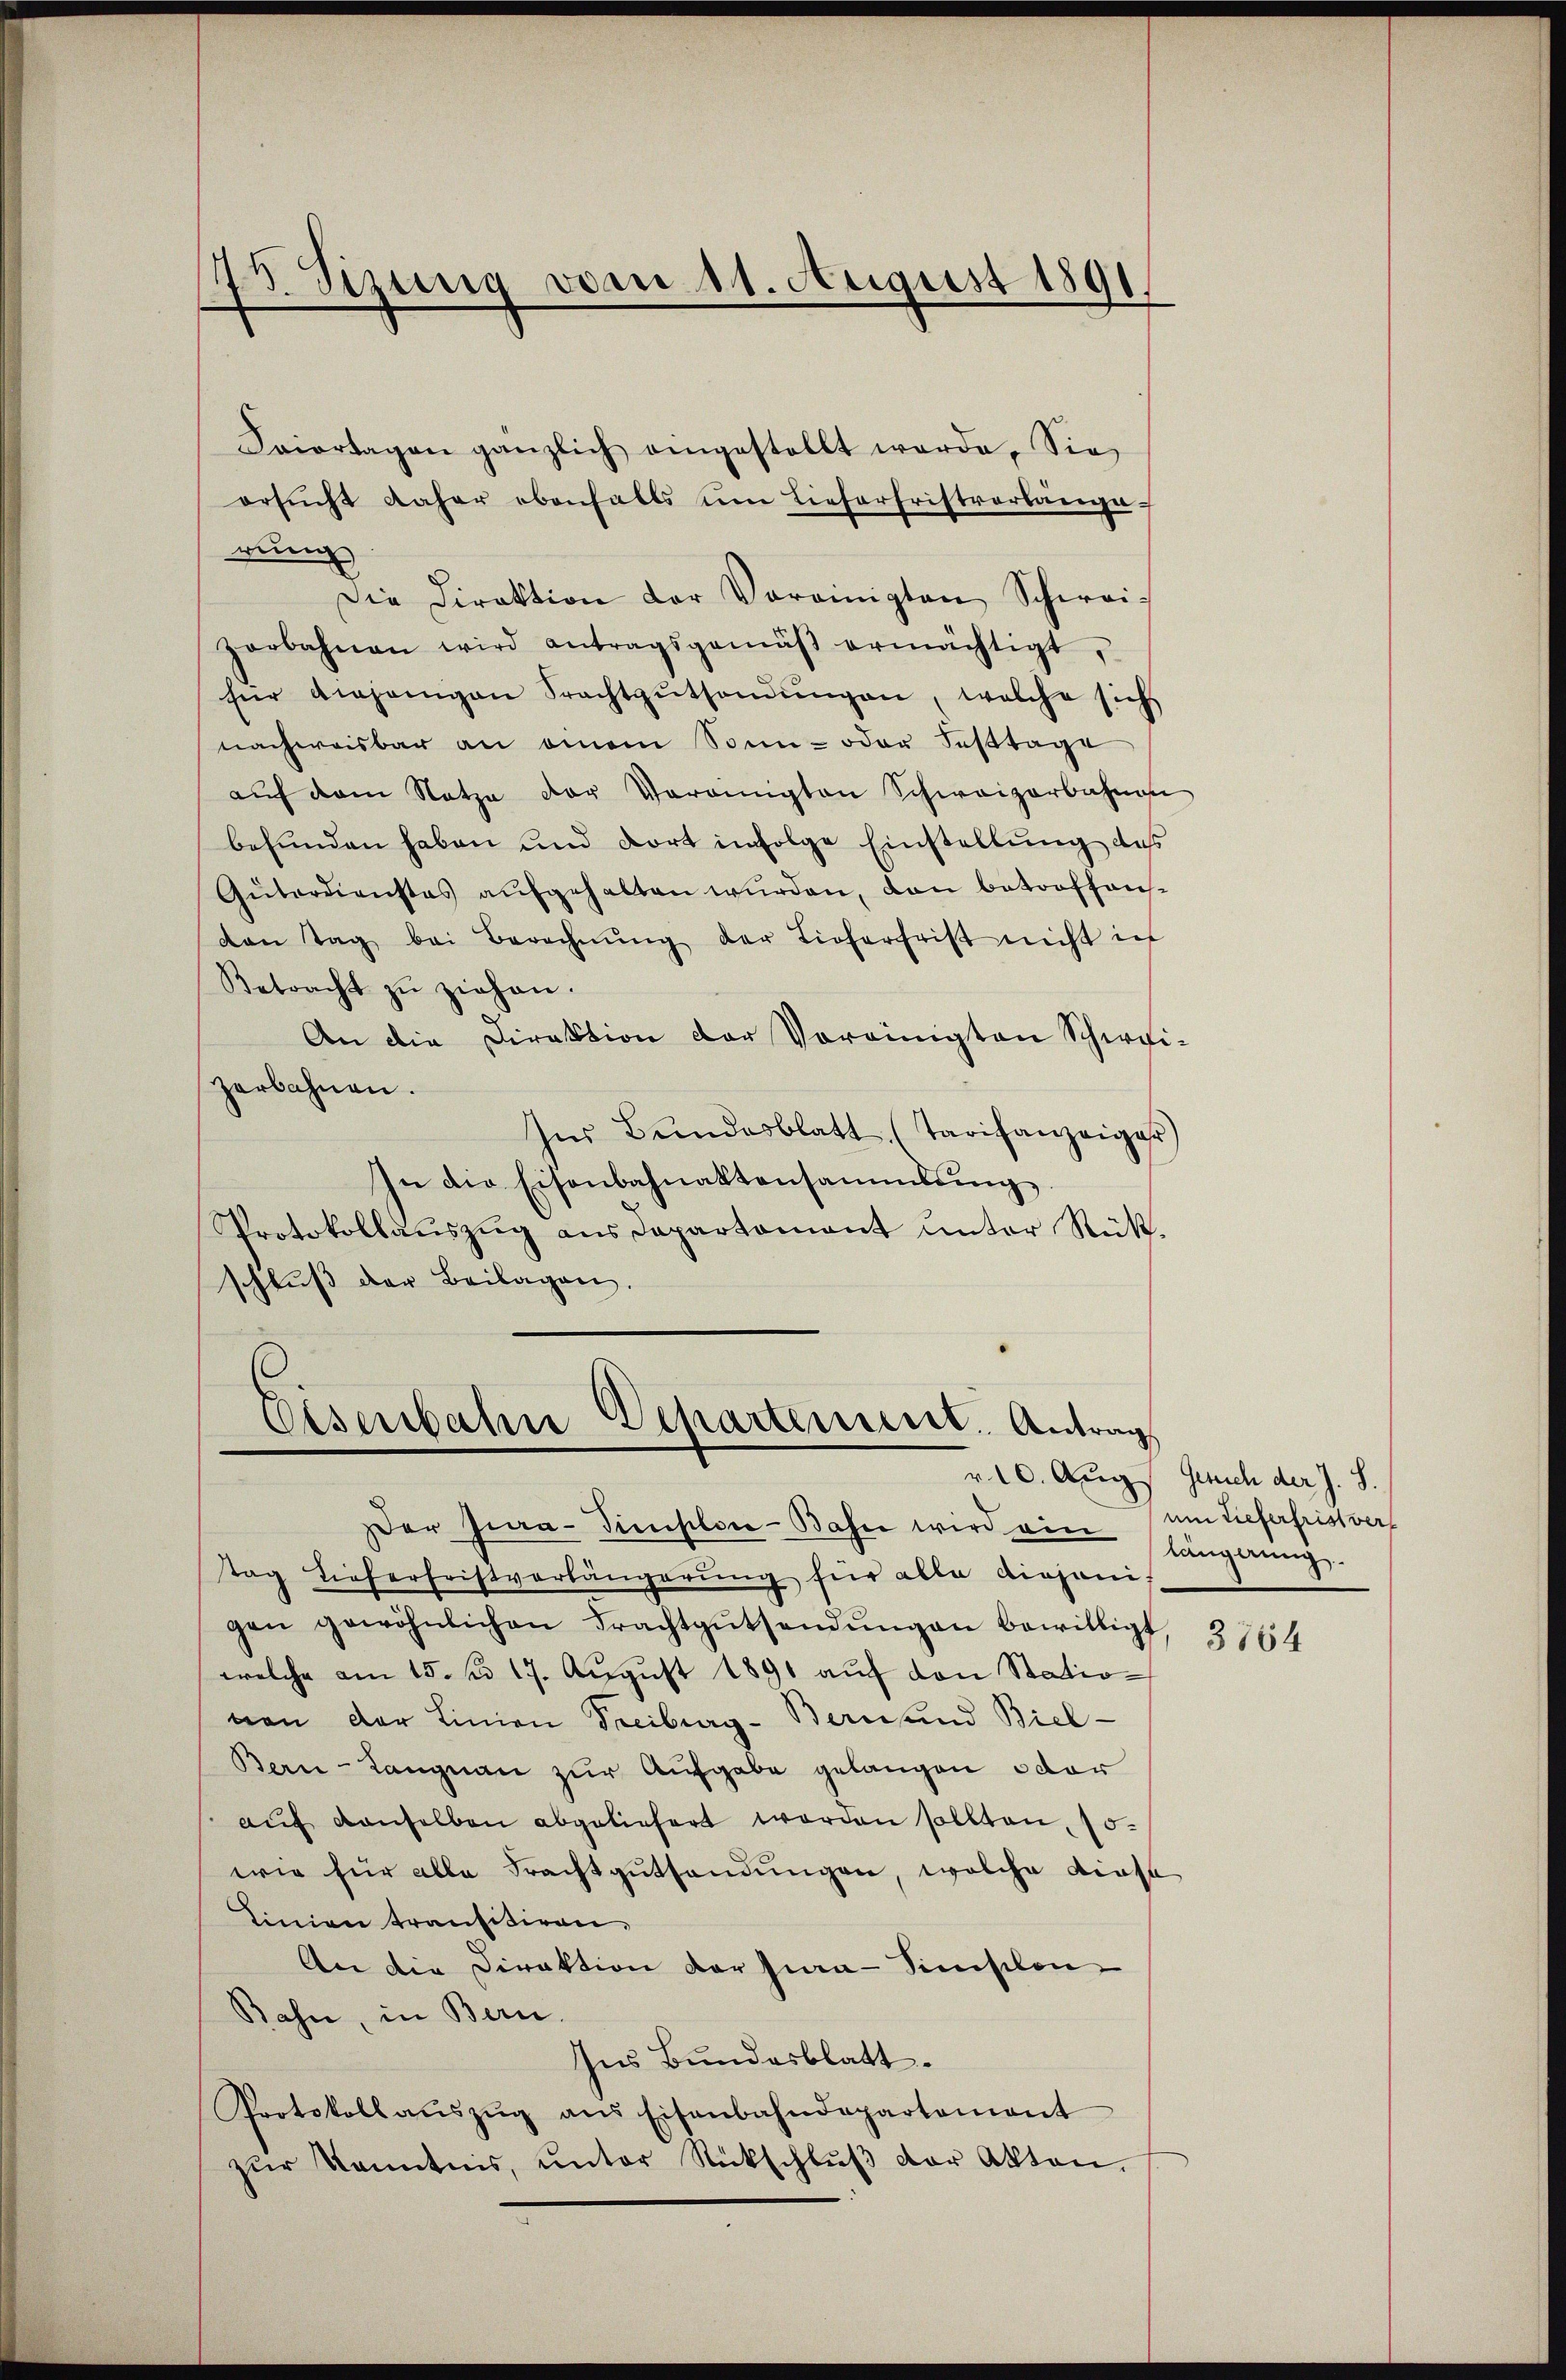
h
73. Setzung vom 11. August 1891.

Caiortagen gänzlich eingestellt werde. Sie
ersŭcht daher ebenfalls um Lieferfristverlange-
gung
Die Direktion der Vereinigten Schweizerbahnen wird antragsgemäβ ermächtigt,
für diejenigen Frachtgŭthandŭngen, welche sich
nachweisbar an einem Sonn- oder Festtage
aŭf dem Nata der Vereinigten Schweizerbahnen
befunden haben und dort infolge Einstellung des
Gŭterdienstes aufgehalten wurden, dan betoofhausden Tag bei Berechnŭng der Lieferfrist nicht in
Betracht zŭ ziehen.
An die Direktion der Vereinigten Schirgi-
zerbahnen.
Ins Bundesblatt (Tarifanzeiger
In die Eisenbahnaktensammlung.
Protokollaŭszŭg ans Departament unter Rükschlŭβ der Beilagen.

Eisenbahn Departement. Antrag

Der Jia-Simplon-Bahn wird von längerung
tag Tieferfristverlängerung für alle diejenigen gewöhnlichen Frachtgŭtsendŭngen bewilligt
welche am 15. d. 17. August 1891 auf den Statiovon der Linien Treiburg - Bern und Biel-
Bern - Langnau zur Aufgabe gelangen oder
aŭf denselben abgeliefert worden sollten, 15.
wie für alle Frachtguthandungen, welche diese
Linien transitiven,
An die Direktion der Jura-Sinisten
Bahn, in Bern.
Ins Bundesblatt.
Protokoll aŭszŭg ans Eisenbahndepartement
zŭr Kenntnis, ŭnter Rückschlŭβ der Akten.

r. 10. Aug. Gesich der J. S.
um Tieferfrist vers

3764